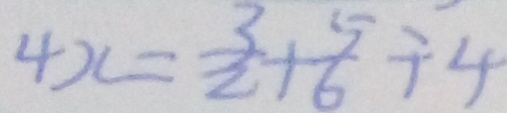
4 x = \frac { 3 } { 2 } + \frac { 5 } { 6 } \div 4